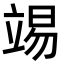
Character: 𥪔